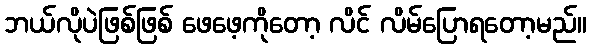
ဘယ်လိုပဲဖြစ်ဖြစ် ဖေဖေ့ကိုတော့ လိင် လိမ်ပြောရတော့မည်။